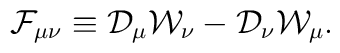
{\cal F}_{\mu\nu} \equiv {\cal D}_{\mu} {\cal W}_{\nu} - {\cal D}_{\nu} {\cal W}_{\mu}.